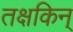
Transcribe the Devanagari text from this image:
तक्षकिन्